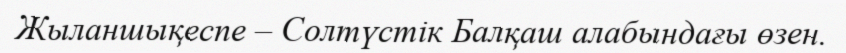
Жыланшықеспе – Солтүстік Балқаш алабындағы өзен.